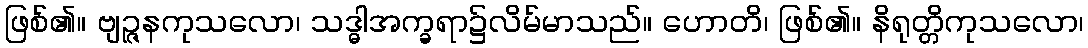
ဖြစ်၏။ ဗျဉ္ဇနကုသလော၊ သဒ္ဓါအက္ခရာ၌လိမ်မာသည်။ ဟောတိ၊ ဖြစ်၏။ နိရုတ္တိကုသလော၊